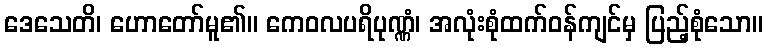
ဒေသေတိ၊ ဟောတော်မူ၏။ ကေဝလပရိပုဏ္ဏံ၊ အလုံးစုံထက်ဝန်ကျင်မှ ပြည့်စုံသော။